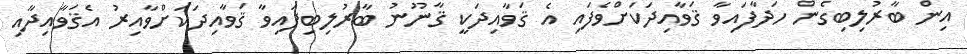
އިން ބާރުލިބިގެން ހަދާފައިވާ ޤަވާއިދަކަށްވެފައި އެ ޤަވާއިދަކީ ޤާނޫނު ބާރުލިބިފައިވާ ޤަވާއިދަކަށްވާއިރު އެޤަވާއިދާއި